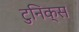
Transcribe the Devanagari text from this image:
टुनिक्स